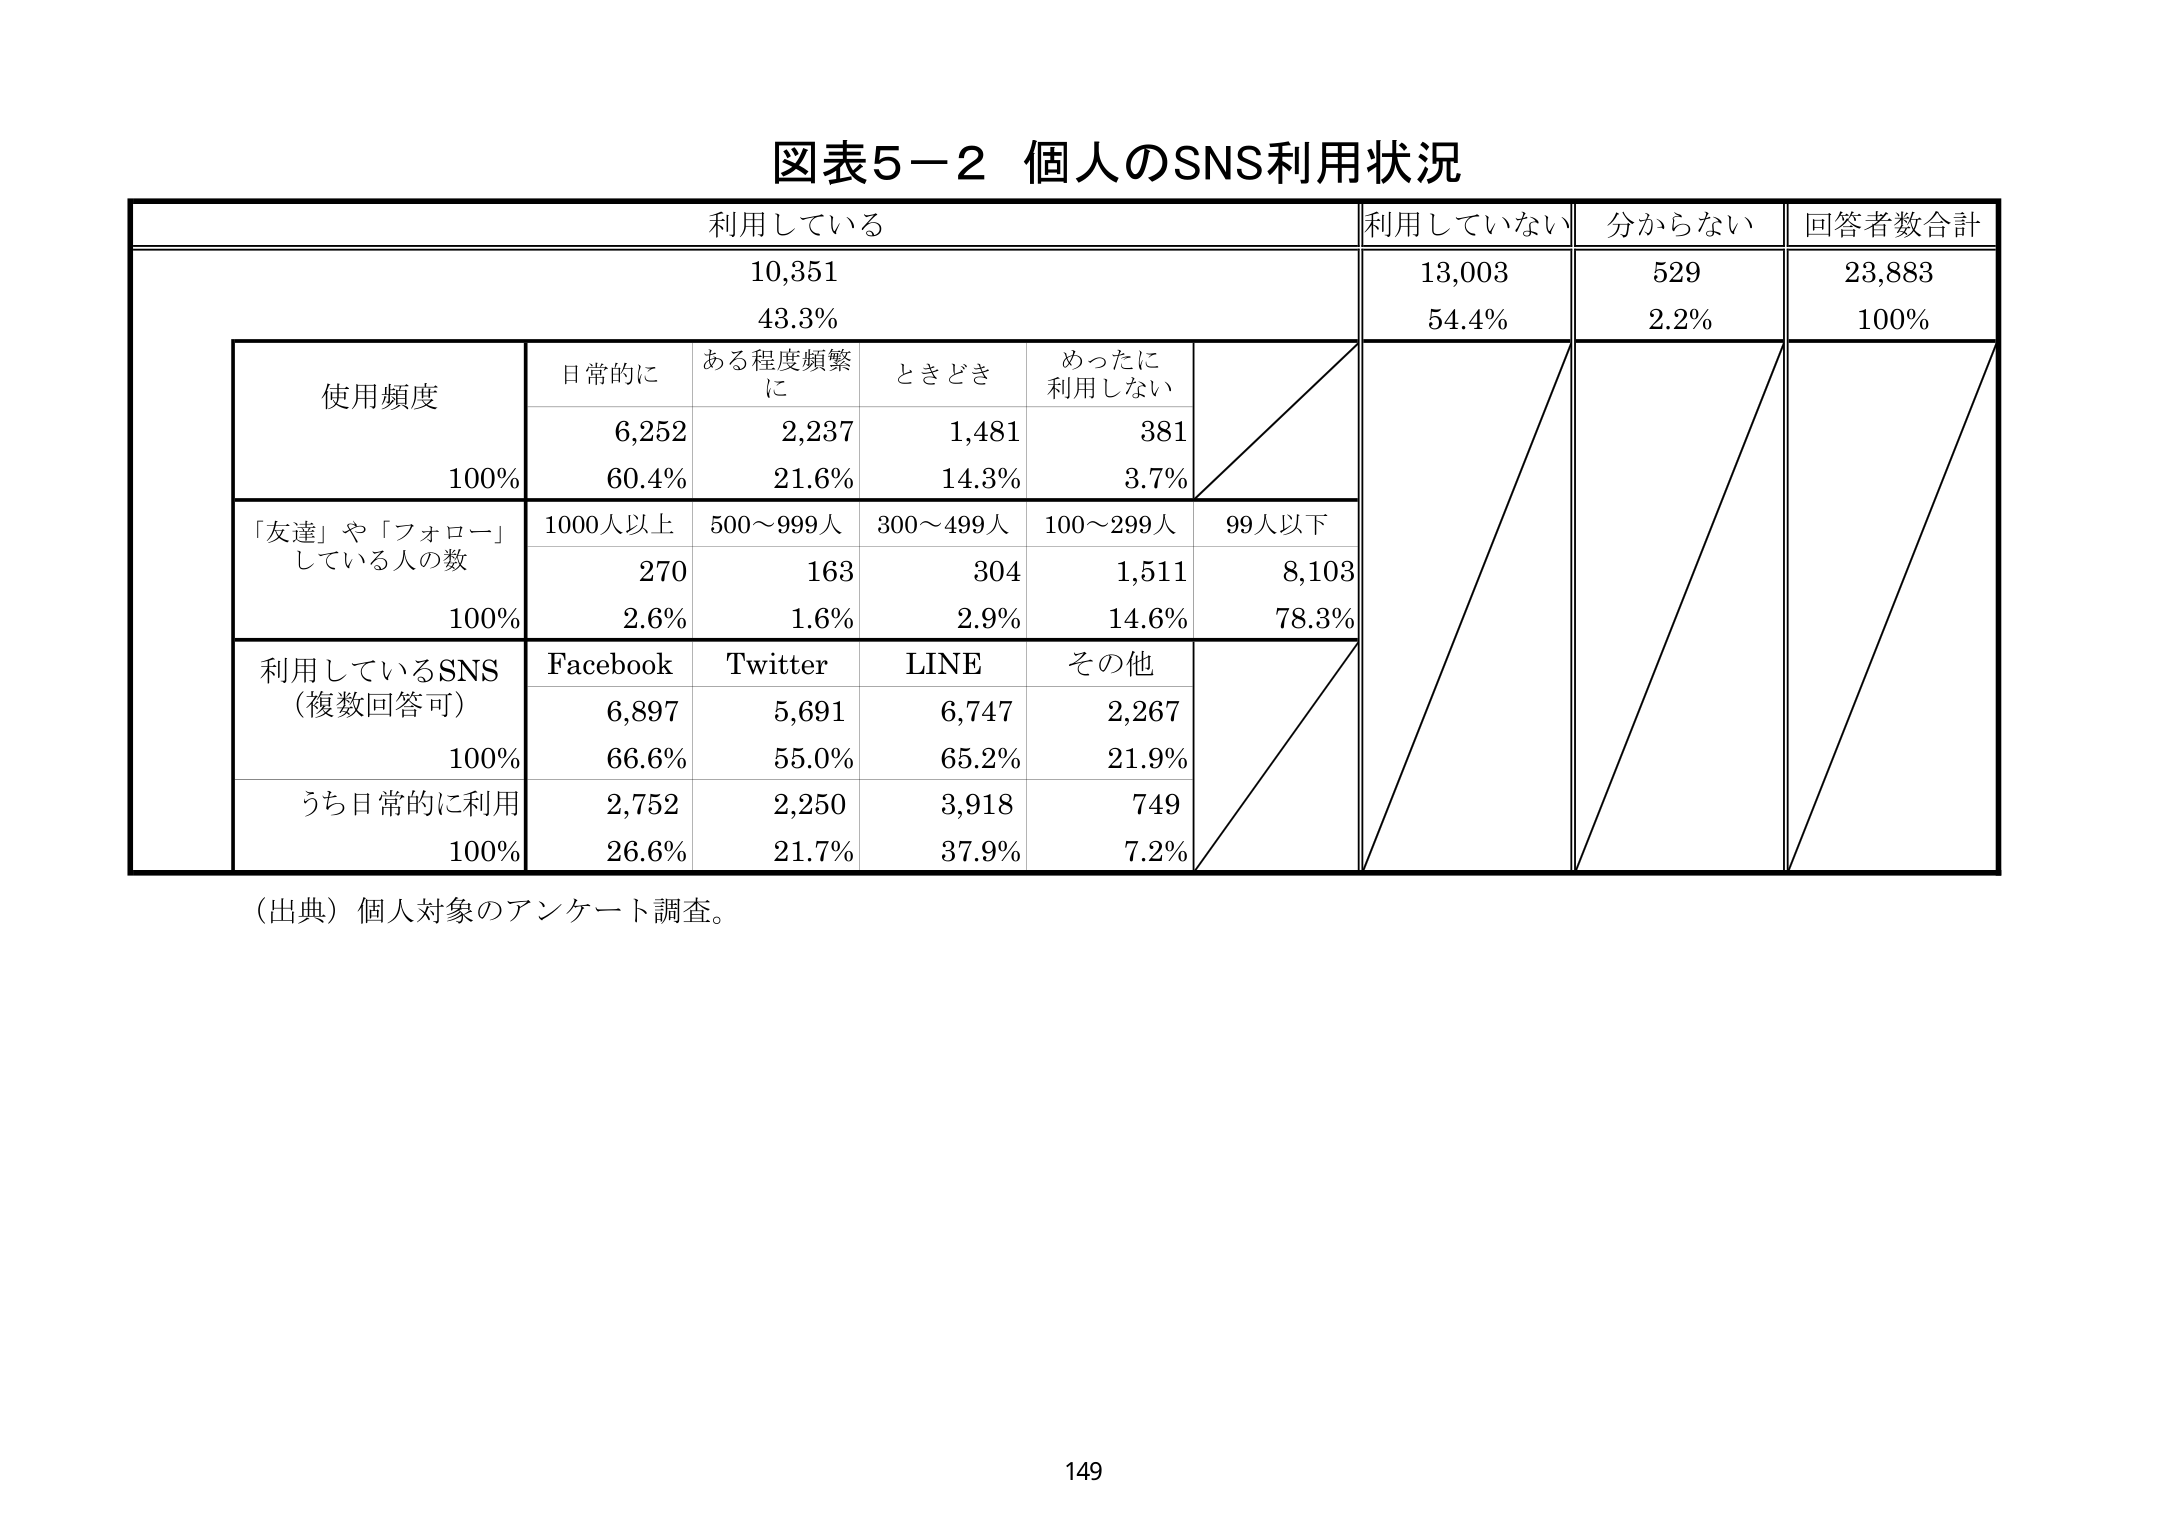
図表5－2 個人のSNS利用状況

利用している　利用していない　分からない　回答者数合計
10,351　　　　13,003　　　　529　　　　23,883
43.3%　　　　54.4%　　　　2.2%　　　　100%

使用頻度　日常的に　ある程度頻繁に　ときどき　めったに利用しない
6,252　　　　2,237　　　　1,481　　　　381
100%　　　　60.4%　　　　21.6%　　　　14.3%　　　　3.7%

「友達」や「フォロー」している人の数　1000人以上　500～999人　300～499人　100～299人　99人以下
270　　　　163　　　　304　　　　1,511　　　　8,103
100%　　　　2.6%　　　　1.6%　　　　2.9%　　　　14.6%　　　　78.3%

利用しているSNS（複数回答可）　Facebook　Twitter　LINE　その他
6,897　　　　5,691　　　　6,747　　　　2,267
100%　　　　66.6%　　　　55.0%　　　　65.2%　　　　21.9%

うち日常的に利用　2,752　　　　2,250　　　　3,918　　　　749
100%　　　　26.6%　　　　21.7%　　　　37.9%　　　　7.2%

（出典）個人対象のアンケート調査。

149